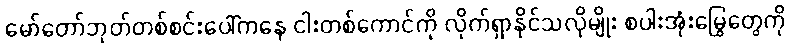
မော်တော်ဘုတ်တစ်စင်းပေါ်ကနေ ငါးတစ်ကောင်ကို လိုက်ရှာနိုင်သလိုမျိုး စပါးအုံးမြွေတွေကို